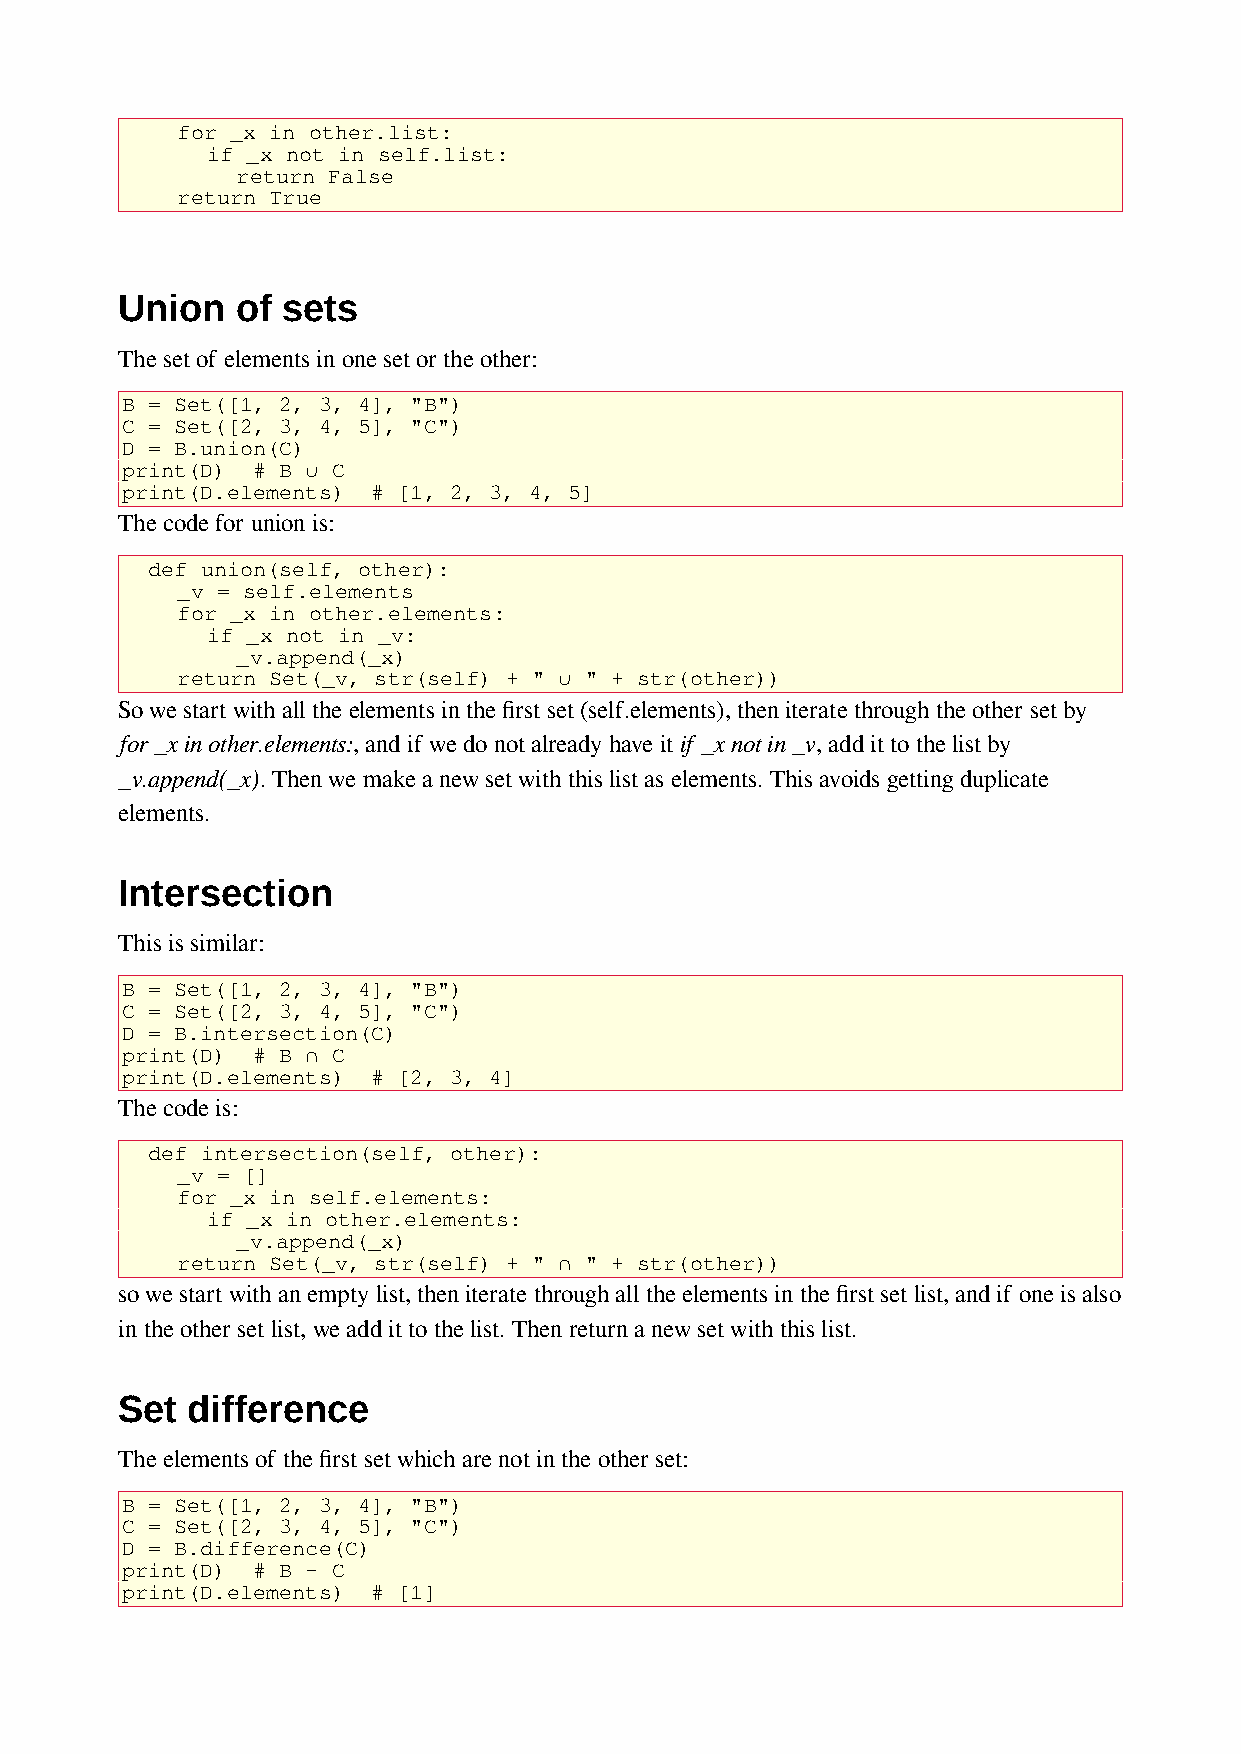
for _x in other.list:
 if _x not in self.list:
 return False
 return True
 Union   of sets
 The set of elements in one set or the other:
 B = Set([1, 2, 3, 4], "B")
 C = Set([2, 3, 4, 5], "C")
 D = B.union(C)
 print(D) # B ∪ C
 print(D.elements) # [1, 2, 3, 4, 5]
 The code for union is:
 def union(self, other):
 _v = self.elements
 for _x in other.elements:
 if _x not in _v:
 _v.append(_x)
 return Set(_v, str(self) + " ∪ " + str(other))
 So we start with all the elements in the first set (self.elements), then iterate through the other set by
 for _x in other.elements:, and if we do not already have it if _x not in _v, add it to the list by
 _v.append(_x). Then we make a new set with this list as elements. This avoids getting duplicate
 elements.
 Intersection
 This is similar:
 B = Set([1, 2, 3, 4], "B")
 C = Set([2, 3, 4, 5], "C")
 D = B.intersection(C)
 print(D) # B ∩ C
 print(D.elements) # [2, 3, 4]
 The code is:
 def intersection(self, other):
 _v = []
 for _x in self.elements:
 if _x in other.elements:
 _v.append(_x)
 return Set(_v, str(self) + " ∩ " + str(other))
 so we start with an empty list, then iterate through all the elements in the first set list, and if one is also
 in the other set list, we add it to the list. Then return a new set with this list.
 Set difference
 The elements of the first set which are not in the other set:
 B = Set([1, 2, 3, 4], "B")
 C = Set([2, 3, 4, 5], "C")
 D = B.difference(C)
 print(D) # B - C
 print(D.elements) # [1]